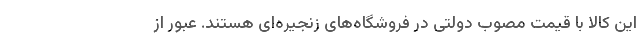
این کالا با قیمت مصوب دولتی در فروشگاه‌های زنجیره‌ای هستند. عبور از